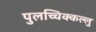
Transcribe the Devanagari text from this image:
पुलच्चिक्कल्लु